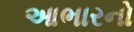
આભારનો